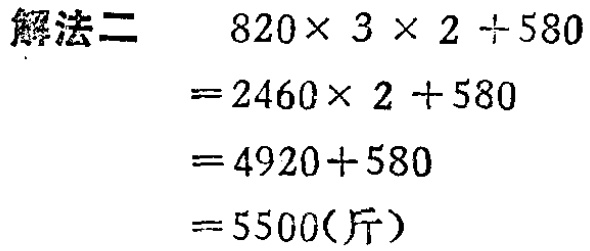
\[
\begin{align*}
&820\times 3\times 2 + 580\\
=&2460\times 2 + 580\\
=&4920 + 580\\
=&5500(\text{斤})
\end{align*}
\]